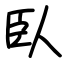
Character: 臥